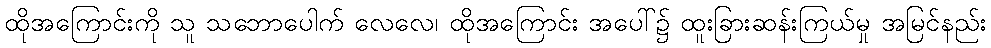
ထိုအကြောင်းကို သူ သဘောပေါက် လေလေ၊ ထိုအကြောင်း အပေါ်၌ ထူးခြားဆန်းကြယ်မှု အမြင်နည်း